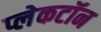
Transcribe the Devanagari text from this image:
प्लेकटॉन